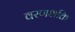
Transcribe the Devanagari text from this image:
वरणशक्ति